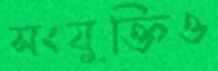
সংযুক্তিও